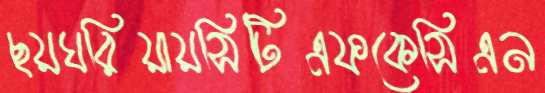
ছয়ঘরিয়ায়সিটিএফকেসিএন